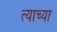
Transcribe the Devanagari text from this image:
त्‍याच्या